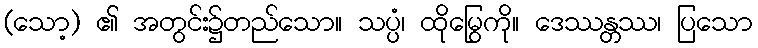
(သော့) ၏ အတွင်း၌တည်သော။ သပ္ပံ၊ ထိုမြွေကို။ ဒေဿန္တဿ၊ ပြသော